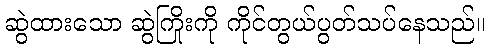
ဆွဲထားသော ဆွဲကြိုးကို ကိုင်တွယ်ပွတ်သပ်နေသည်။